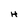
Character: H